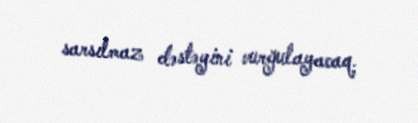
sarsılmaz dəstəyini vurğulayacaq.